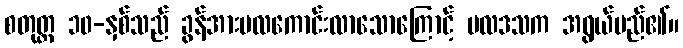
စတုတ္ထ ၁၀-နှစ်သည် ခွန်အားဗလကောင်းလာသောကြောင့် ဗလဒသက အရွယ်မည်၏။